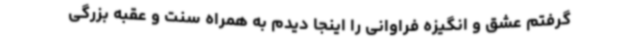
گرفتم عشق و انگیزه فراوانی را اینجا دیدم به همراه سنت و عقبه بزرگی